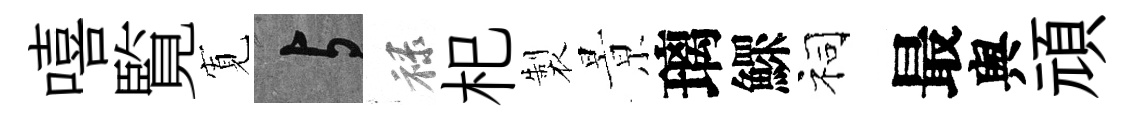
嘻覧𡩖与禄𣏌製㬌璃鰥祠最舆頑